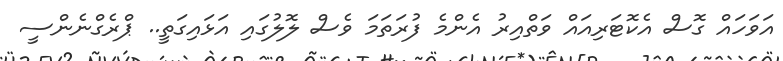
އަވަހައް ގޮސް އެކޮޓަރިއައް ވަތްއިރު އެންމެ ފުރަތަމަ ވެސް ލޮލުގައި އަޅައިގަތީ.. ޕްރެގްނެންސީ